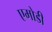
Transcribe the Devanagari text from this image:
एमोडी